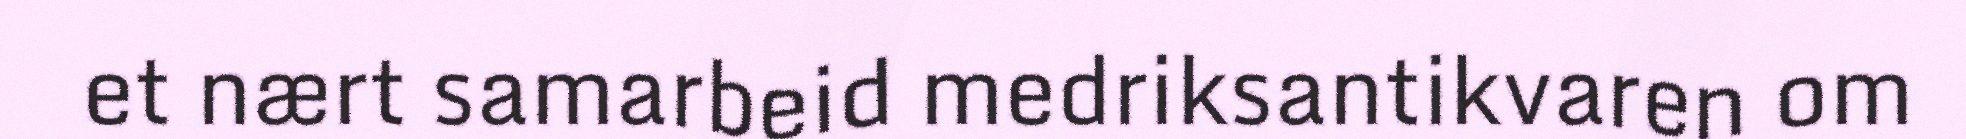
et nært samarbeid medriksantikvaren om